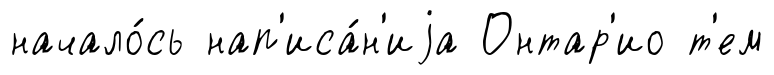
начало́сь нап'иса́н'иjа Онтар'ио т'ем